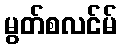
မွတ်စလင်မ်